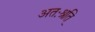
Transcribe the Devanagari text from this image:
अतःश्रुति